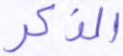
الذكر